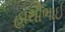
હાથીભાઈ